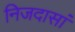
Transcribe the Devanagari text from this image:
निजदासां